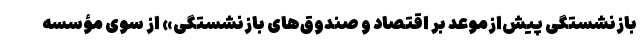
بازنشستگی پیش‌ازموعد بر اقتصاد و صندوق‌های بازنشستگی» از سوی مؤسسه